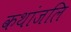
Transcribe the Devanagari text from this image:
कथांजलि